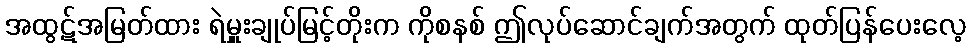
အထွဋ်အမြတ်ထား ရဲမှူးချုပ်မြင့်တိုးက ကိုစနစ် ဤလုပ်ဆောင်ချက်အတွက် ထုတ်ပြန်ပေးလေ့